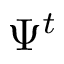
\Psi ^ { t }